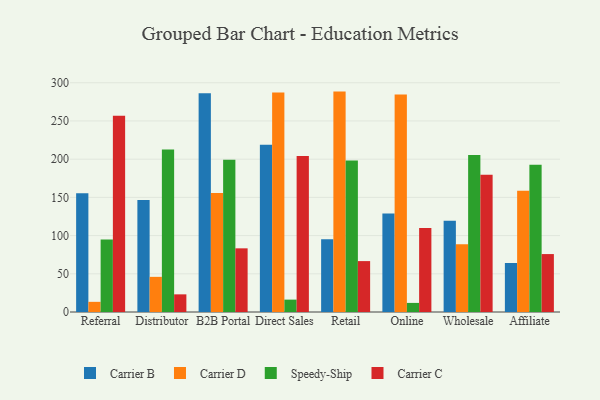
{"axis": {"x": "Channel", "y": "Population (Million)"}, "legend": ["Carrier B", "Carrier C", "Carrier D", "Speedy-Ship"], "data": [{"x": "Referral", "y": 155.5, "type": "Carrier B"}, {"x": "Referral", "y": 13.3, "type": "Carrier D"}, {"x": "Referral", "y": 95.0, "type": "Speedy-Ship"}, {"x": "Referral", "y": 256.7, "type": "Carrier C"}, {"x": "Distributor", "y": 146.5, "type": "Carrier B"}, {"x": "Distributor", "y": 46.0, "type": "Carrier D"}, {"x": "Distributor", "y": 212.5, "type": "Speedy-Ship"}, {"x": "Distributor", "y": 23.1, "type": "Carrier C"}, {"x": "B2B Portal", "y": 286.3, "type": "Carrier B"}, {"x": "B2B Portal", "y": 155.6, "type": "Carrier D"}, {"x": "B2B Portal", "y": 199.1, "type": "Speedy-Ship"}, {"x": "B2B Portal", "y": 83.3, "type": "Carrier C"}, {"x": "Direct Sales", "y": 218.9, "type": "Carrier B"}, {"x": "Direct Sales", "y": 287.2, "type": "Carrier D"}, {"x": "Direct Sales", "y": 16.2, "type": "Speedy-Ship"}, {"x": "Direct Sales", "y": 204.1, "type": "Carrier C"}, {"x": "Retail", "y": 95.3, "type": "Carrier B"}, {"x": "Retail", "y": 288.4, "type": "Carrier D"}, {"x": "Retail", "y": 198.4, "type": "Speedy-Ship"}, {"x": "Retail", "y": 66.6, "type": "Carrier C"}, {"x": "Online", "y": 128.9, "type": "Carrier B"}, {"x": "Online", "y": 284.6, "type": "Carrier D"}, {"x": "Online", "y": 11.9, "type": "Speedy-Ship"}, {"x": "Online", "y": 110.0, "type": "Carrier C"}, {"x": "Wholesale", "y": 119.4, "type": "Carrier B"}, {"x": "Wholesale", "y": 88.7, "type": "Carrier D"}, {"x": "Wholesale", "y": 205.3, "type": "Speedy-Ship"}, {"x": "Wholesale", "y": 179.6, "type": "Carrier C"}, {"x": "Affiliate", "y": 64.1, "type": "Carrier B"}, {"x": "Affiliate", "y": 158.5, "type": "Carrier D"}, {"x": "Affiliate", "y": 192.8, "type": "Speedy-Ship"}, {"x": "Affiliate", "y": 75.8, "type": "Carrier C"}]}